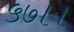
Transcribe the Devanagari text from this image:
५७।।